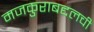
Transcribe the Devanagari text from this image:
मजकुराबद्दलची